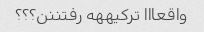
واقعااا ترکیههه رفتننن؟؟؟